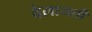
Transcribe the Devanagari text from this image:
वेलायती